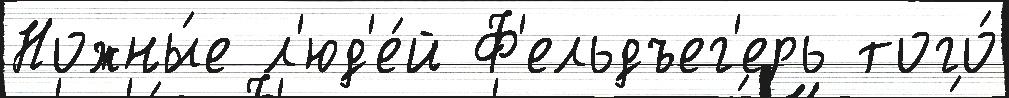
Ножны́е л'юд'е́й Ф'ельдъег'ерь того́